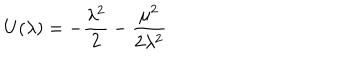
U ( \lambda ) = - \frac { \lambda ^ { 2 } } { 2 } - \frac { \mu ^ { 2 } } { 2 \lambda ^ { 2 } }